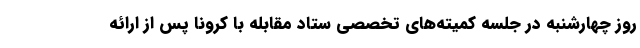
روز چهارشنبه در جلسه کمیته‌های تخصصی ستاد مقابله با کرونا پس از ارائه